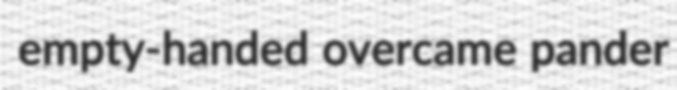
empty-handed overcame pander